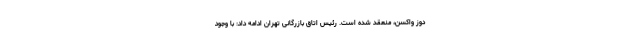
دوز واکسن، منعقد شده است. رئیس اتاق بازرگانی تهران ادامه داد: با وجود